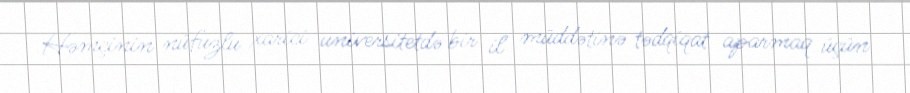
Həmçinin nüfuzlu xarici universitetdə bir il müddətinə tədqiqat aparmaq üçün